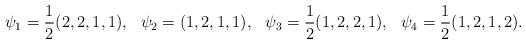
LaTeX: \begin{align*}\psi_1 &= \frac{1}{2}(2,2,1,1),&\psi_2 &= (1,2,1,1),&\psi_3 &= \frac{1}{2}(1,2,2,1),&\psi_4 &= \frac{1}{2}(1,2,1,2).\end{align*}